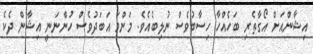
އިޝާންއަށް އޯގާތެރި ބަހެއްހާ ހިސާބުވެސް ނުލިބެއެވެ. މަންމަ އަބަދުވެސް ހުންނަނީ އިޝާން ދެކެ